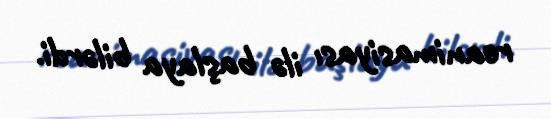
reanimasiyası ilə başlaya bilərdi.